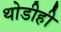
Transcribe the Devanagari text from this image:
थोडीही